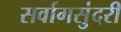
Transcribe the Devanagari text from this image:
सर्वागसुंदरी